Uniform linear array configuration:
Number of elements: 16
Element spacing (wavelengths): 0.5
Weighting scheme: hamming
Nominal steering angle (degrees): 15
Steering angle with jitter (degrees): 16.933
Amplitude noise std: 0.05
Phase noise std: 0.05

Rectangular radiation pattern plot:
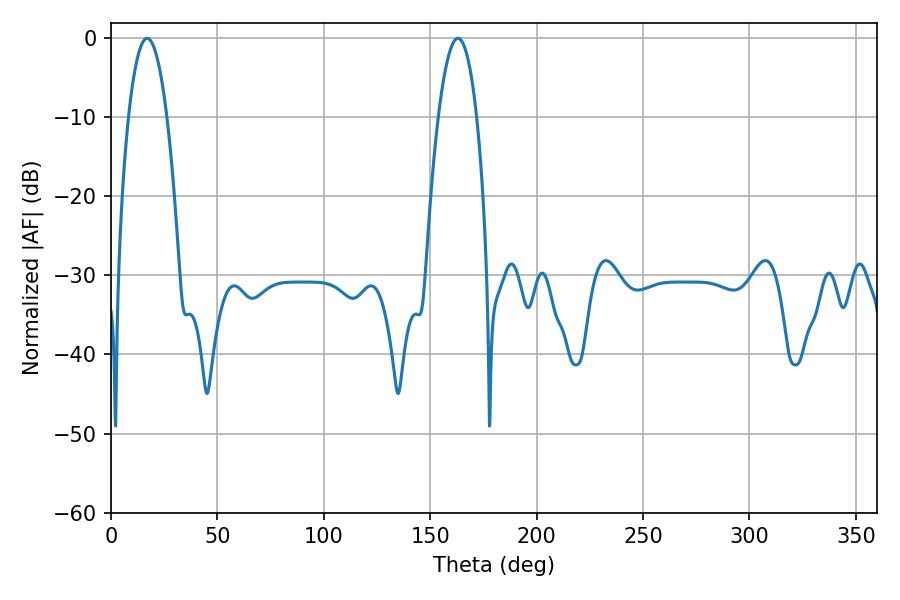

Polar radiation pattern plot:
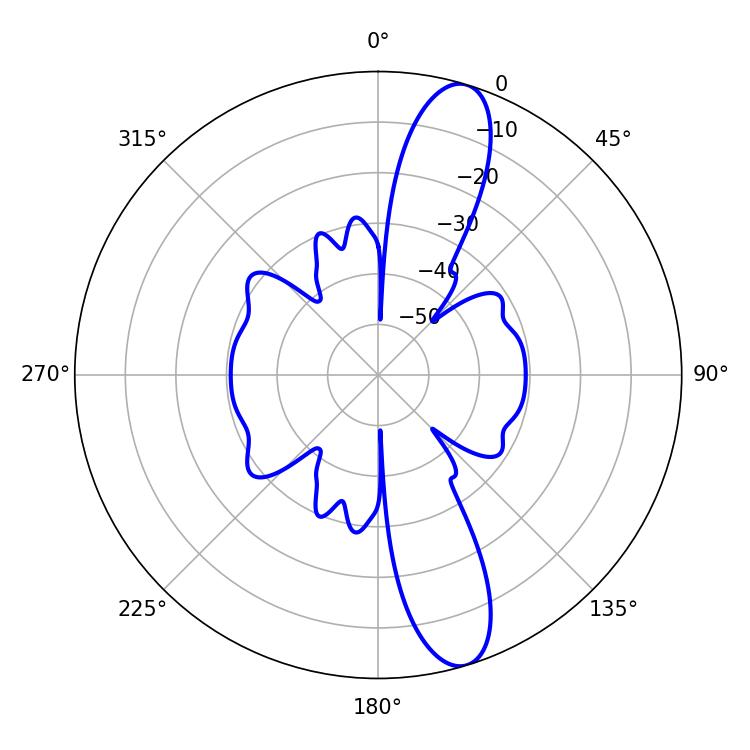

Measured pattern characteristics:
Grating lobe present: FALSE
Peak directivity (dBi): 12.636
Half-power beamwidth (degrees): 9.9
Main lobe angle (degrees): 16.92